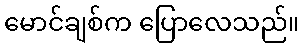
မောင်ချစ်က ပြောလေသည်။